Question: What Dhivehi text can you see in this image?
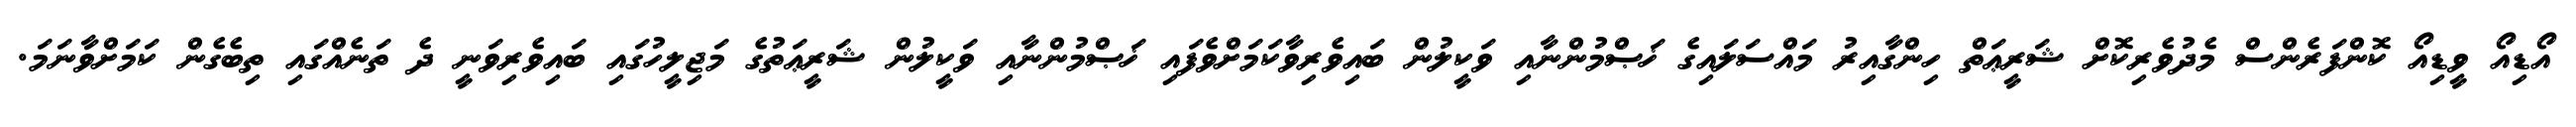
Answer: އޯޑިއޯ ވީޑިއޯ ކޮންފަރެންސް މެދުވެރިކޮށް ޝަރީޢަތް ހިންގާއިރު މައްސަލައިގެ ޚަޞްމުންނާއި ވަކީލުން ބައިވެރިވާކަމަށްވެފައި ޚަޞްމުންނާއި ވަކީލުން ޝަރީޢަތުގެ މަޖިލީހުގައި ބައިވެރިވަނީ ދެ ތަނެއްގައި ތިބެގެން ކަމަށްވާނަމަ.